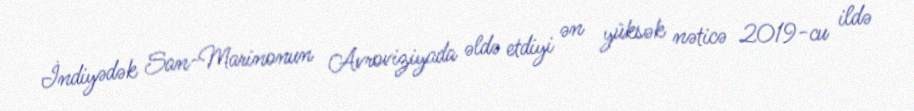
İndiyədək San-Marinonun Avroviziyada əldə etdiyi ən yüksək nəticə 2019-cu ildə